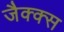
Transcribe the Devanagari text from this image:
जैक्क्स